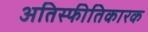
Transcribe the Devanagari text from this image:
अतिस्फीतिकारक